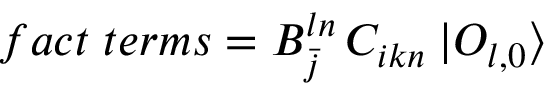
f a c t \; t e r m s = B _ { \bar { j } } ^ { l n } \, C _ { i k n } \: | { \cal O } _ { l , 0 } \rangle \,